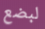
لبضع